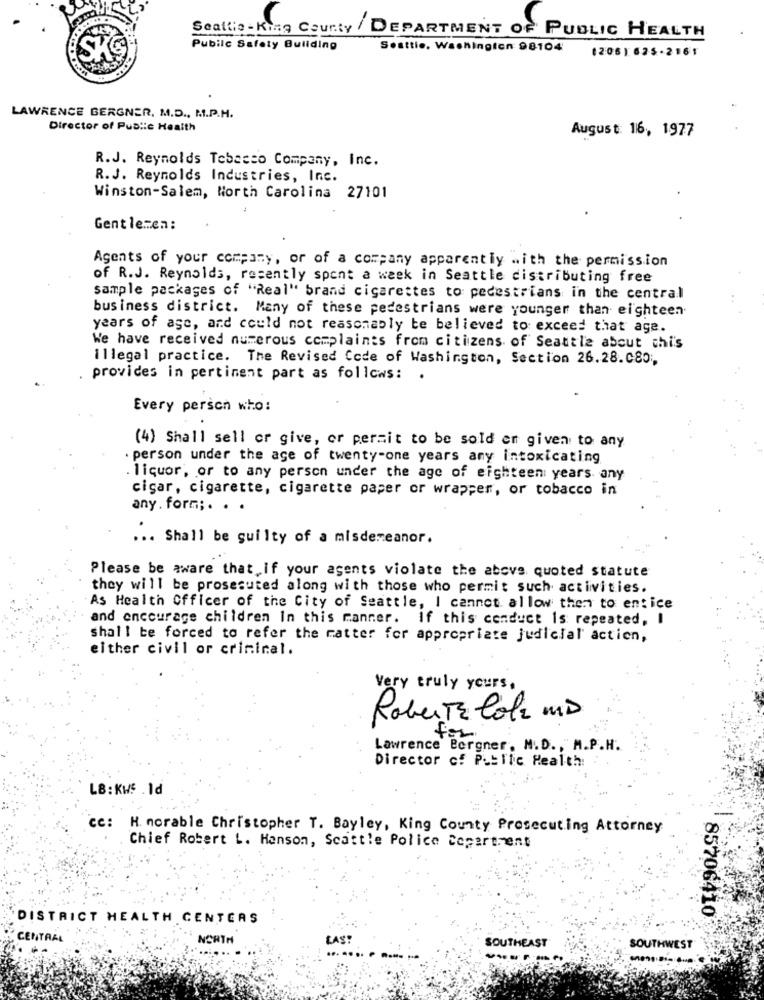
Seattio - King County / DEPARTMENT OF PUBLIC HEALTH
ISKO
Pubilc Safety Building
Seattle, Washington 98104
(206) 625-2161
LAWRENCE BERGNER, M.D ., M .. P.H.
Director of Public Health
August: 16, 1977
R.J. Reynolds Tabacco Company, Inc.
R. J. Reynolds Industries, Inc.
Winston-Salem, North Carolina 27101
Gentlemen:
Agents of your company, or of a company apparently .. ith the permission
of R.J. Reynolds, recently spont a week in Seattle distributing free
sample packages of "Real" brand cigarettes to pedestrians in the central
business district. Many of these pedestrians were younger than eighteen.
years of age, and could not reasonably te believed to exceed that age.
We have received numerous complaints from citizens of Seattle about chi's
illegal practice. The Revised Code of Washington, Section 26.28.080 ;,
provides in pertinent part as follows: .
Every person who:
(4) Shall sell or give, or permit to be sold en given to any
. person under the age of twenty-one years any intoxicating
liquor, or to any person under the age of eighteen years any
cigar, cigarette, cigarette paper or wrapper, or tobacco in
any. form ;. . .
... Shall be guilty of a misdemeanor.
Please be aware that if your agents violate the above quoted statute
they will be prosesuted along with those who permit such activities.
As Health Officer of the City of Seattle, I cannot allow them to entice
and encourage children In this manner. If this conduct Is repeated, I
shall be forced to refer the matter for appropriate judicial' action,
either civil or criminal.
Very truly yours,
Roberta Cola MD
for
Lawrence Borgner, N.D ., M.P.H.
Director of Public Health:
LB:KWS .1d
ce:
H. norable Christopher T. Bayley, King County Prosecuting Attorney
Chief Robert L. Hanson, Scattle Police Department
85706410
DISTRICT HEALTH CENTERS
CENTRAL
NORT
LAS!
SOUTHEAST
SOUTHWEST